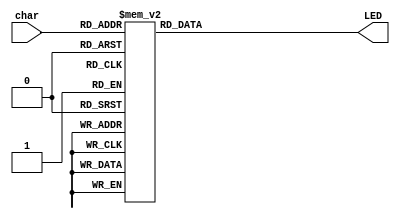
`timescale 1ns / 1ps

module LEDdecoder(char, LED);
	
	input wire [3:0] char;
	output reg [6:0] LED;
	
	always @(*)
	begin
		case(char)
			4'b0000: LED = 7'b0000001; //0
			4'b0001: LED = 7'b1001111; //1
			4'b0010: LED = 7'b0010010; //2
			4'b0011: LED = 7'b0000110; //3
			4'b0100: LED = 7'b1001100; //4
			4'b0101: LED = 7'b0100100; //5
			4'b0110: LED = 7'b0100000; //6
			4'b0111: LED = 7'b0001111; //7
			4'b1000: LED = 7'b0000000; //8
			4'b1001: LED = 7'b0000100; //9
			4'b1010: LED = 7'b0001000; //A
			4'b1011: LED = 7'b1100000; //b
			4'b1100: LED = 7'b0110001; //C
			4'b1101: LED = 7'b1000010; //d
			4'b1110: LED = 7'b0110000; //E
			4'b1111: LED = 7'b0111000; //F
			default: LED = 7'b0000001; //0
		endcase
	end
endmodule